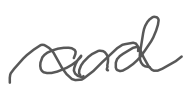
Text: and
Cross-out: wave
Writing tool: digital_gray